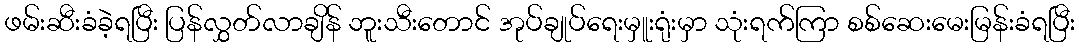
ဖမ်းဆီးခံခဲ့ရပြီး ပြန်လွှတ်လာချိန် ဘူးသီးတောင် အုပ်ချုပ်ရေးမှူးရုံးမှာ သုံးရက်ကြာ စစ်ဆေးမေးမြန်းခံရပြီး